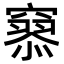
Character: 𥨞